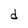
Character: d